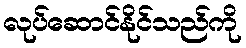
လုပ်ဆောင်နိုင်သည်ကို